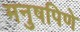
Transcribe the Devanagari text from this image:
मनुषपिणे